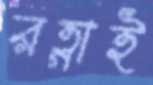
রত্নাই